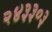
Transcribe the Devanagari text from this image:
२४३३०३